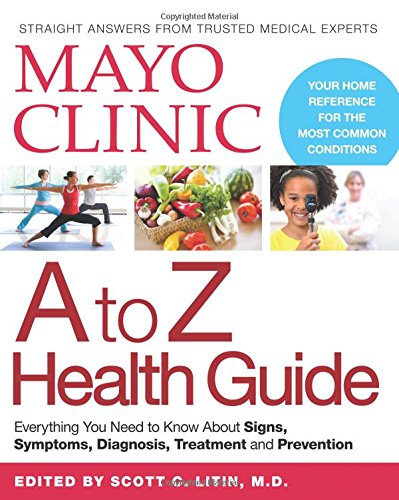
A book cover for Mayo Clinic A to Z Health Guide: Everything You Need to Know About Signs, Symptoms, Diagnosis, Treatment and Prevention; The Mayo Clinic; Health, Fitness & Dieting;